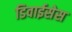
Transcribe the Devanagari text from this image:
डिवाईसेस